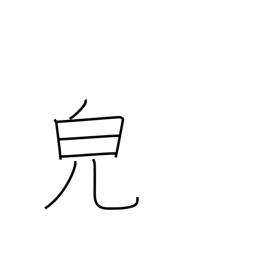
Meaning: appearance